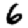
Digit: 6